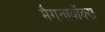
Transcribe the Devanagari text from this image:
मैगनावॉक्स